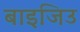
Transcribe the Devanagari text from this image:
बाइजिउ